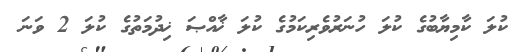
ކުލަ ކާމިޔާބުގެ ކުލަ ހުނަރުވެރިކަމުގެ ކުލަ ޚާއްޞަ ޚިދުމަތުގެ ކުލަ 2 ވަނަ